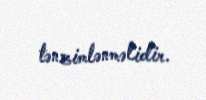
tənzimlənməlidir.